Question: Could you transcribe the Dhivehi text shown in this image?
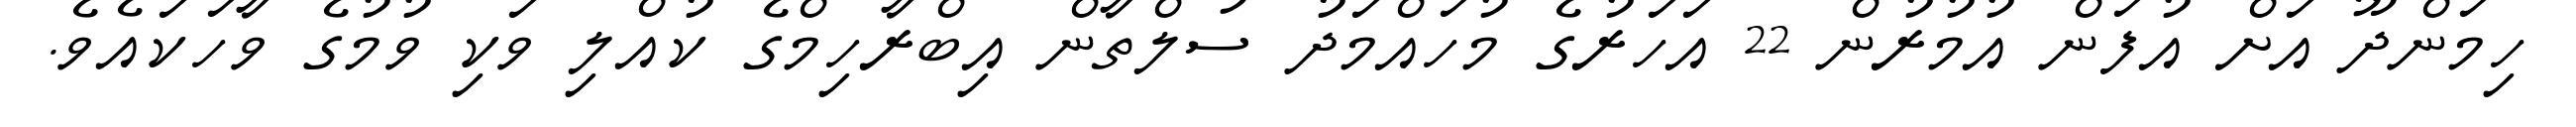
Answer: ހިމަންދޫ އަށް އުފަން އުމުރުން 22 އަހަރުގެ މުހައްމަދު ސުލްތާން އިބްރާހިމްގެ ކުއްލި ވަކި ވުމުގެ ވާހަކައެވެ.